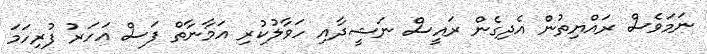
ނަމަވެސް ރައްޔިތުން އެދިގެން ރައީސް ނަޝީދާއި ހަވާލުކުރި އަމާނާތް ފަސް އަހަރު ފުރިހަމަ